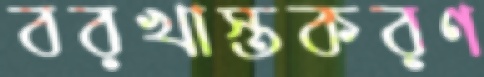
বরখাস্তকরণ